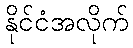
နိုင်ငံအလိုက်